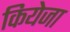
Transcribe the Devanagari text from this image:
कियेजा